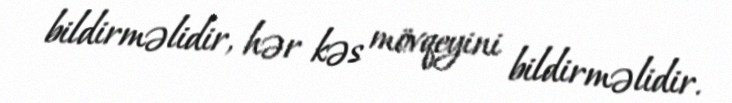
bildirməlidir, hər kəs mövqeyini bildirməlidir.